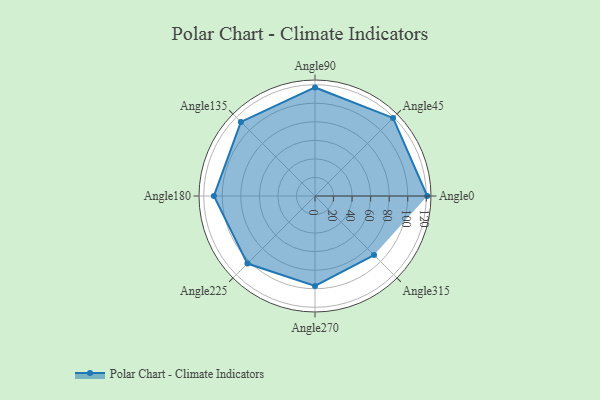
{"axis": {"x": "Angle", "y": "Radius"}, "legend": [""], "data": [{"x": "Angle0", "y": 121.0, "type": ""}, {"x": "Angle45", "y": 119.0, "type": ""}, {"x": "Angle90", "y": 117.0, "type": ""}, {"x": "Angle135", "y": 113.0, "type": ""}, {"x": "Angle180", "y": 109.0, "type": ""}, {"x": "Angle225", "y": 103.0, "type": ""}, {"x": "Angle270", "y": 97.0, "type": ""}, {"x": "Angle315", "y": 90.0, "type": ""}]}